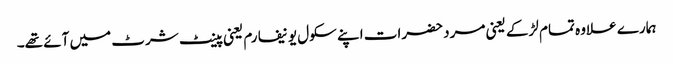
ہمارے علاوہ تمام لڑکے یعنی مرد حضرات اپنے سکول یونیفارم یعنی پینٹ شرٹ میں آئے تھے۔